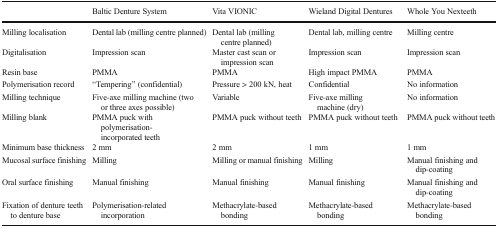
<table><thead><tr><td></td><td><b>Baltic Denture System</b></td><td><b>Vita VIONIC</b></td><td><b>Wieland Digital Dentures</b></td><td><b>Whole You Nexteeth</b></td></tr></thead><tbody><tr><td>Milling localisation</td><td>Dental lab (milling centre planned)</td><td>Dental lab (milling centre planned)</td><td>Dental lab, milling centre</td><td>Milling centre</td></tr><tr><td>Digitalisation</td><td>Impression scan</td><td>Master cast scan or impression scan</td><td>Impression scan</td><td>Impression scan</td></tr><tr><td>Resin base</td><td>PMMA</td><td>PMMA</td><td>High impact PMMA</td><td>PMMA</td></tr><tr><td>Polymerisation record</td><td>“Tempering” (confidential)</td><td>Pressure &gt; 200 kN, heat</td><td>Confidential</td><td>No information</td></tr><tr><td>Milling technique</td><td>Five-axe milling machine (two or three axes possible)</td><td>Variable</td><td>Five-axe milling machine (dry)</td><td>No information</td></tr><tr><td>Milling blank</td><td>PMMA puck with polymerisation-incorporated teeth</td><td>PMMA puck without teeth</td><td>PMMA puck without teeth</td><td>PMMA puck without teeth</td></tr><tr><td>Minimum base thickness</td><td>2 mm</td><td>2 mm</td><td>1 mm</td><td>1 mm</td></tr><tr><td>Mucosal surface finishing</td><td>Milling</td><td>Milling or manual finishing</td><td>Milling</td><td>Manual finishing and dip-coating</td></tr><tr><td>Oral surface finishing</td><td>Manual finishing</td><td>Manual finishing</td><td>Manual finishing</td><td>Manual finishing and dip-coating</td></tr><tr><td>Fixation of denture teeth to denture base</td><td>Polymerisation-related incorporation</td><td>Methacrylate-based bonding</td><td>Methacrylate-based bonding</td><td>Methacrylate-based bonding</td></tr></tbody></table>